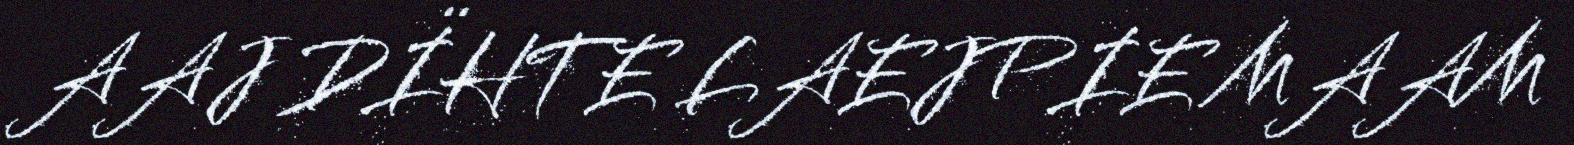
AAJ DÏHTE LAEJPIE MAAM